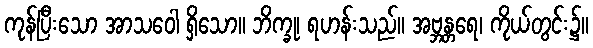
ကုန်ပြီးသော အာသဝေါ ရှိသော။ ဘိက္ခု၊ ရဟန်းသည်။ အဗ္ဘန္တရေ၊ ကိုယ်တွင်း၌။